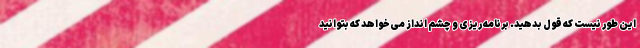
این طور نیست که قول بدهید. برنامه ریزی و چشم انداز می‌خواهد که بتوانید